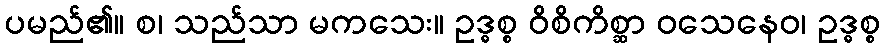
ပမည်၏။ စ၊ သည်သာ မကသေး။ ဥဒ္ဓစ္စ ဝိစိကိစ္ဆာ ဝသေနေဝ၊ ဥဒ္ဓစ္စ